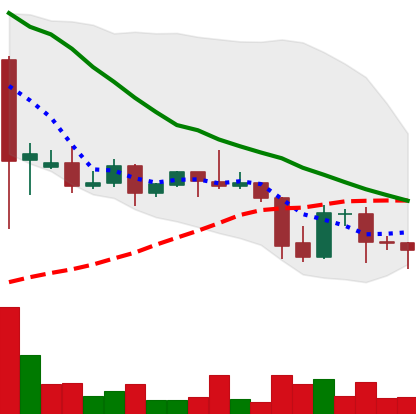
Ticker: DOGE-USD
Chart end date: 2021-09-26
Forward return: 8.806%
Label: up_7plus